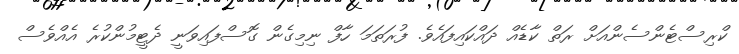
ކްރިސްޓެންސެންއަށް ރަތް ކާޑެއް ދައްކައިފައެވެ. ފުރަތަމަ ހާފް ނިމިގެން ގޮސްފައިވަނީ ދެޓީމުންކުރެ އެއްވެސް